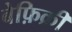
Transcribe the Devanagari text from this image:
बेफ़िक्री